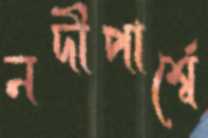
নদীপার্শ্বে